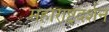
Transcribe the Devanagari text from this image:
महाराष्ट्रदर्शन